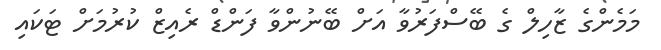
މަމެންގެ ޒާހިލް ގެ ބޭސްފަރުވާ އަށް ބޭނުންވާ ފަަންޑް ރެއިޒް ކުރުމަށް ޓަކައި